Scientific memoirs by medical officers of the Army of India - Part VII,
Year: 1892
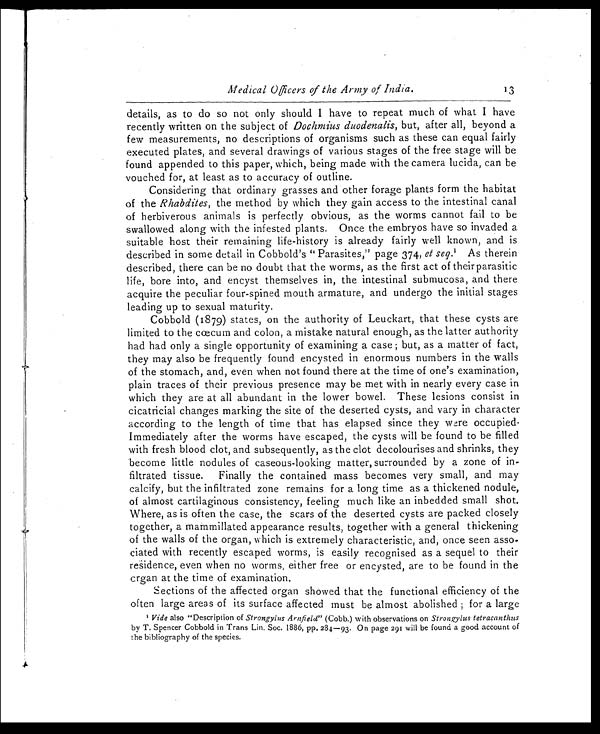
Medical Officers of the Army of India.
3
details, as to do so not only should I have to repeat much of what I have
recently written on the subject of Dochmius duodenalis, but, after all, beyond a
few measurements, no descriptions of organisms such as these can equal fairly
executed plates, and several drawings of various stages of the free stage will be
found appended to this paper, which, being made with the camera lucida, can be
vouched for, at least as to accuracy of outline.
Considering that ordinary grasses and other forage plants form the habitat
of the Rhabdites, the method by which they gain access to the intestinal canal
of herbiverous animals is perfectly obvious, as the worms cannot fail to be
swallowed along with the infested plants. Once the embryos have so invaded a
suitable host their remaining life-history is already fairly well known, and is
described in some detail in Cobbold's "Parasites," page 374, et seq.1 A s t h e r e i n
described, there can be no doubt that the worms, as the first act of their parasitic
life, bore into, and encyst themselves in, the intestinal submucosa, and there
acquire the peculiar four-spined mouth armature, and undergo the initial stages
leading up to sexual maturity.
Cobbold (1879) states, on the authority of Leuckart, that these cysts are
limited to the cœcum and colon, a mistake natural enough, as the latter authority
had had only a single opportunity of examining a case; but, as a matter of fact,
they may also be frequently found encysted in enormous numbers in the walls
of the stomach, and, even when not found there at the time of one's examination,
plain traces of their previous presence may be met with in nearly every case in
which they are at all abundant in the lower bowel. These lesions consist in
cicatricial changes marking the site of the deserted cysts, and vary in character
according to the length of time that has elapsed since they were occupied.
Immediately after the worms have escaped, the cysts will be found to be filled
with fresh blood clot, and subsequently, as the clot decolourises and shrinks, they
become little nodules of caseous-looking matter, surrounded by a zone of in-
filtrated tissue. Finally the contained mass becomes very small, and may
calcify, but the infiltrated zone remains for a long time as a thickened nodule,
of almost cartilaginous consistency, feeling much like an inbedded small shot.
Where, as is often the case, the scars of the deserted cysts are packed closely
together, a mammillated appearance results, together with a general thickening
of the walls of the organ, which is extremely characteristic, and, once seen asso-
ciated with recently escaped worms, is easily recognised as a sequel to their
residence, even when no worms , either free or encysted, are to be found in the
crgan at the time of examination.
Sections of the affected organ showed that the functional efficiency of the
often large areas of its surface affected must be almost abolished; for a large
1
Vide also "Description of Strongylus Arnfield" (Cobb.) with observations on Strongylus tetracanthus
by T. Spencer Cobbold in Trans Lin. Soc. 1886, pp. 284—93. On page 291 will be found a good account of
the bibliography of the species.